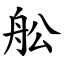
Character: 舩